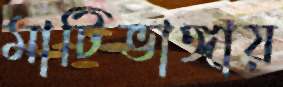
মাটিভাঙ্গায়